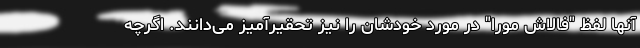
آنها لفظ "فالاش مورا" در مورد خودشان را نیز تحقیرآمیز می‌دانند. اگرچه